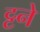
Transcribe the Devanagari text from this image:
ट्टने